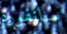
سانفورد